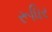
રૂધિર